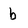
Character: b